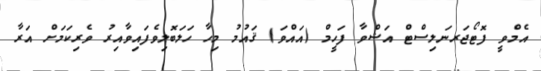
އެމްވީ ފޮޓޯޖަރނަލިސްޓް އަޝްވާ ފަހީމް (އައްވަ) ޤައުމު މިހާ ހަލަބޮލިވެފައިވާއިރު ވެރިކަމަށް އަރާ